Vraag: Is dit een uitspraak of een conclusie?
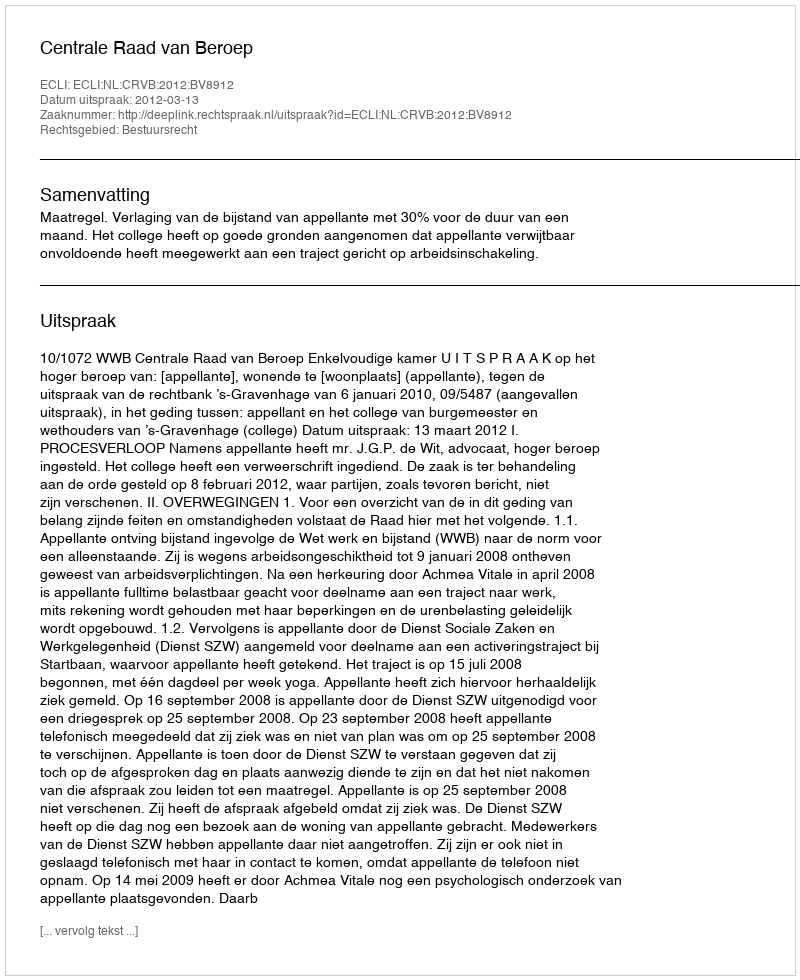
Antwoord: Uitspraak